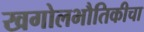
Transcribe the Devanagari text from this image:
खगोलभौतिकीचा